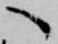
へ